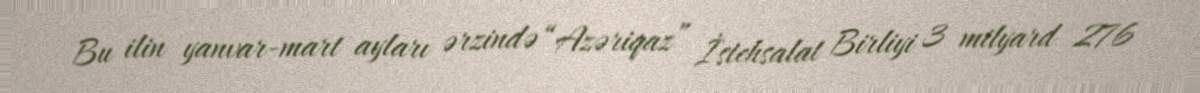
Bu ilin yanvar-mart ayları ərzində “Azəriqaz” İstehsalat Birliyi 3 milyard 276